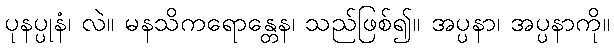
ပုနပ္ပုနံ၊ လဲ။ မနသိကရောန္တေန၊ သည်ဖြစ်၍။ အပ္ပနာ၊ အပ္ပနာကို။